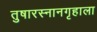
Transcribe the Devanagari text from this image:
तुषारस्नानगृहाला